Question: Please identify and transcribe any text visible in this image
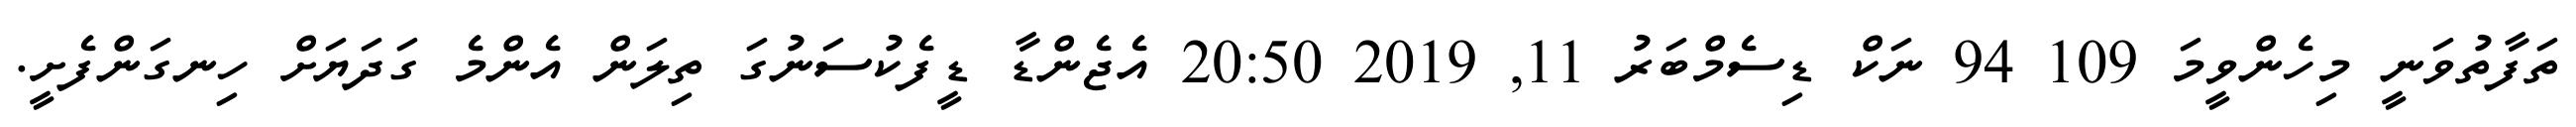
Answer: ތަފާތުވަނީ މިހެންވީމަ 109 94 ނަކް ޑިސެމްބަރު 11, 2019 20:50 އެޖެންޑާ ޑީފެކުސަނުގަ ތިލަން އެންމެ ގަދަޔަށް ހިނގަންފެށީ.